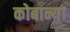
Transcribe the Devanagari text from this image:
कोबान्या